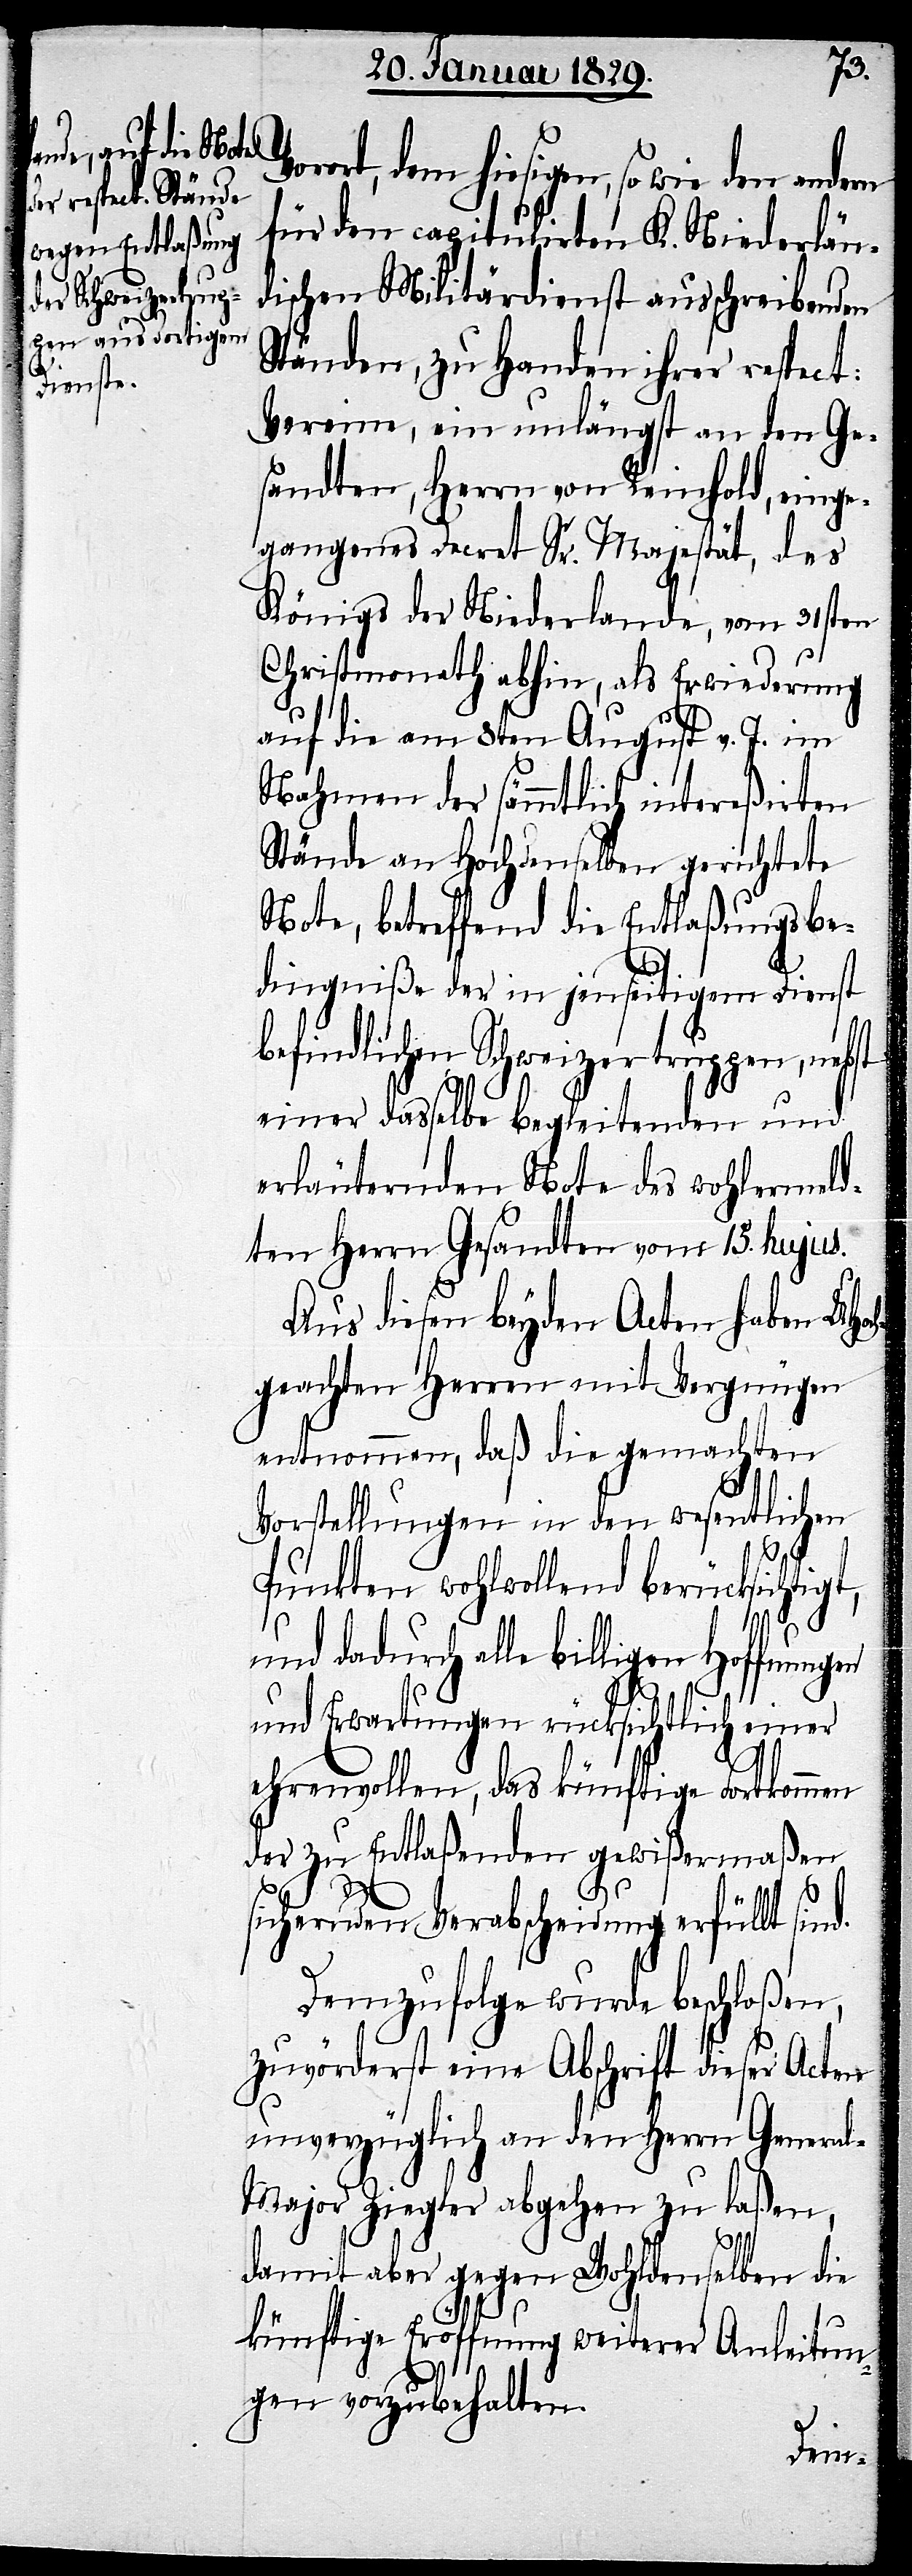
den andern

für den capitulirten K. Niederlän¬
dischen Militärdienst ausschreibenden
Ständen, zu Handen ihrer respect:
Vereine, ein unlängst an den Ge¬
sandten, Herrn von Reinhold, einge¬
gangenes Decret Sr. Majestät, des
Königs der Niederlande, vom 31sten
Christmonath abhin, als Erwiederung
auf die am 8ten August v. J. im
Nahmen der sämmtlichen intereßirten
Stände an Hochdenselben gerichtete
Note, betreffend die Entlaßungsbe¬
dingniße der in jenseitigem Dienst
befindlichen Schweizertruppen, nebst
einer dasselbe begleitenden und
erläuternden Note des wohlermeld¬
ten Herrn Gesandten vom 15. hujus.
Aus diesen beyden Acten haben UHoch¬
geachten Herren mit Vergnügen
entnommen, daß die gemachten
Vorstellungen in den wesentlichen
so wie
Punkten wohlwollend berücksichtigt,
und dadurch alle billigen Hoffnungen
und Erwartungen rücksichtlich einer
ehrenvollen, das künftige Fortkommen
der zu Entlaßenden gewißermaßen
sichernden Verabscheidung erfüllt sind.
Demzufolge wurde beschloßen,
zuvorderst eine Abschrift dieser Acten
unverzüglich an den Herrn Genera¬
l-Major Ziegler abgehen zu laßen,
damit aber gegen Wohldenselben die
künftige Eröffnung weiterer Anleitun¬
gen vorzubehalten.